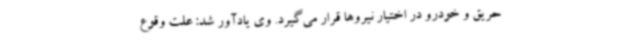
حریق و خودرو در اختیار نیروها قرار می‌گیرد. وی یادآور شد: علت وقوع